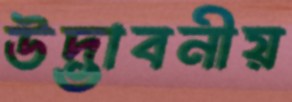
উদ্ভাবনীয়